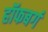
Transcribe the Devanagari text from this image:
हॉफबर्ग